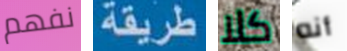
نفهم طريقة كلا أنه